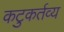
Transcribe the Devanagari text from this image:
कटुकर्तव्य